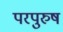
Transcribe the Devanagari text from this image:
परपुरुष